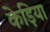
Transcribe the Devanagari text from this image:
केड़िया